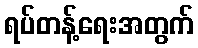
ရပ်တန့်ရေးအတွက်